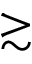
\gtrsim